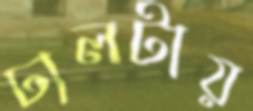
ঢালটায়